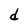
Character: d